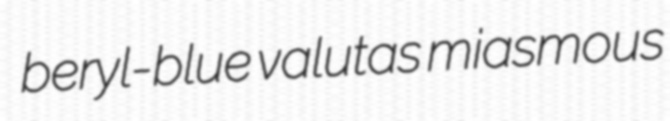
beryl-blue valutas miasmous